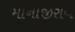
માનાજીરાવ